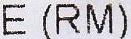
E (RM)